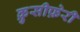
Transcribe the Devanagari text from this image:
क्रुसीफ़ेरी